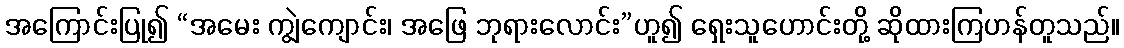
အကြောင်းပြု၍ “အမေး ကျွဲကျောင်း၊ အဖြေ ဘုရားလောင်း”ဟူ၍ ရှေးသူူဟောင်းတို့ ဆိုထားကြဟန်တူသည်။